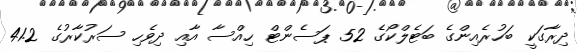
ދިރާގަކީ ބަހުރެއިންގެ ބަޓެލްކޯގެ 52 ޕަސެންޓް ހިއްސާ އާއި ދިވެހި ސަރުކާރުގެ 41.2